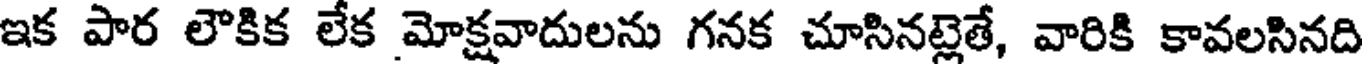
ఇక పార లౌకిక లేక మోక్షవాదులను గనక చూసినట్లెతే, వారికి కావలసినది